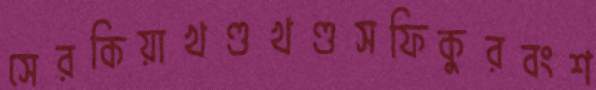
সেরকিয়াখণ্ডখণ্ডসফিকুরবংশ